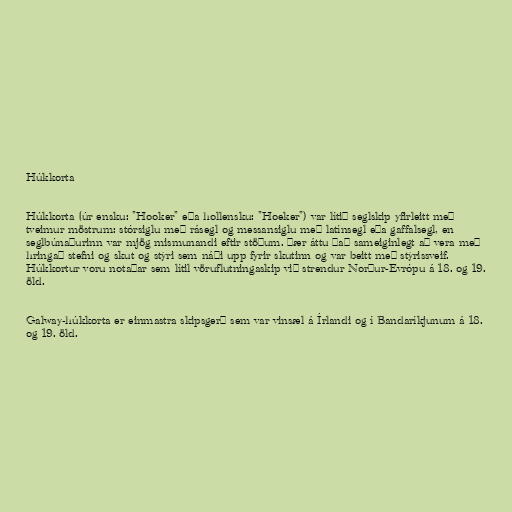
Húkkorta

Húkkorta (úr ensku: "Hooker" eða hollensku: "Hoeker") var lítið seglskip yfirleitt með
tveimur möstrum: stórsiglu með rásegl og messansiglu með latínsegl eða gaffalsegl, en
seglbúnaðurinn var mjög mismunandi eftir stöðum. Þær áttu það sameiginlegt að vera með
hringað stefni og skut og stýri sem náði upp fyrir skutinn og var beitt með stýrissveif.
Húkkortur voru notaðar sem lítil vöruflutningaskip við strendur Norður-Evrópu á 18. og 19.
öld.

Galway-húkkorta er einmastra skipsgerð sem var vinsæl á Írlandi og í Bandaríkjunum á 18.
og 19. öld.